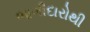
ભાગીદારોથી